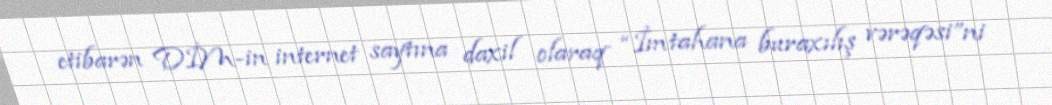
etibarən DİM-in internet saytına daxil olaraq “İmtahana buraxılış vərəqəsi”ni